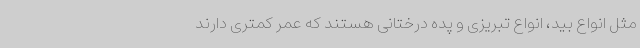
مثل انواع بید، انواع تبریزی و پده درختانی هستند که عمر کمتری دارند